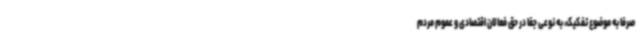
صرفا به موضوع تفکیک، به نوعی جفا در حق فعالان اقتصادی و عموم مردم